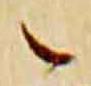
之